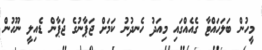
މީހުން ބަލަހައްޓާ ގެއެއްގައި މިއަދު ހެނދުނު ކަމަށް ޖަޕާނުގެ ޖަޕާން ޑެއިލީ ނޫހުން